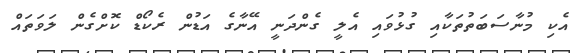
އެކި މުނާސަބަތުތަކާއި ގުޅުވައި އެލީ ގެންދަނީ އޭނާގެ އަޑުން ރެކޯޑް ކޮށްގެން ލަވަތައް